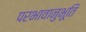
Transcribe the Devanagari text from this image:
परभावानुभूति